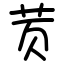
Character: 鿒